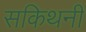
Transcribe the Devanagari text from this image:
सकिथनी